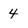
Character: 4